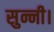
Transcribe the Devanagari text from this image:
सुन्नी।